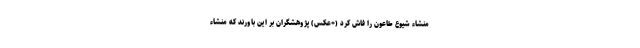
منشاء شیوع طاعون را فاش کرد (+عکس) پژوهشگران بر این باورند که منشاء